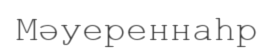
Мәуереннаһр